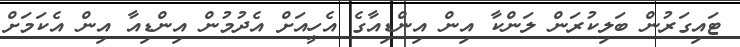
ޓައިގަރުން ބަލިކުރަން ލަންކާ އިން އިންޑިއާގެ އެހީއަށް އެދުމުން އިންޑިއާ އިން އެކަމަށް